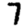
Digit: 7